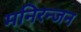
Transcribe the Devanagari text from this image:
मनिरन्जन